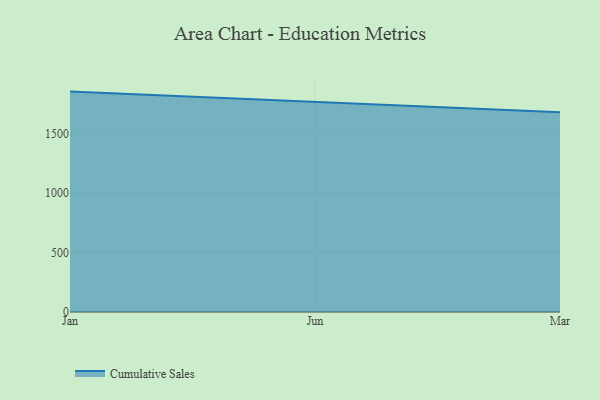
{"axis": {"x": "Month", "y": "Headcount"}, "legend": ["Cumulative Sales"], "data": [{"x": "Jan", "y": 1855.8, "type": "Cumulative Sales"}, {"x": "Jun", "y": 1767.8, "type": "Cumulative Sales"}, {"x": "Mar", "y": 1682.5, "type": "Cumulative Sales"}]}